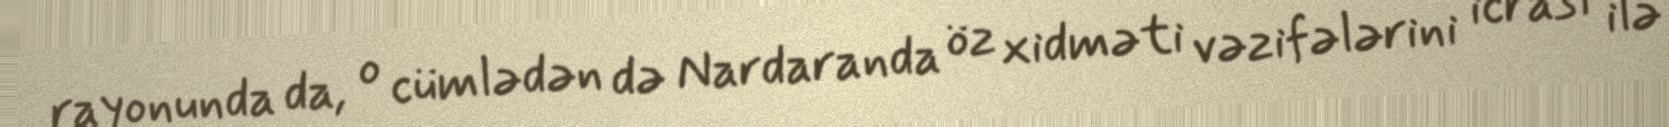
rayonunda da, o cümlədən də Nardaranda öz xidməti vəzifələrini icrası ilə